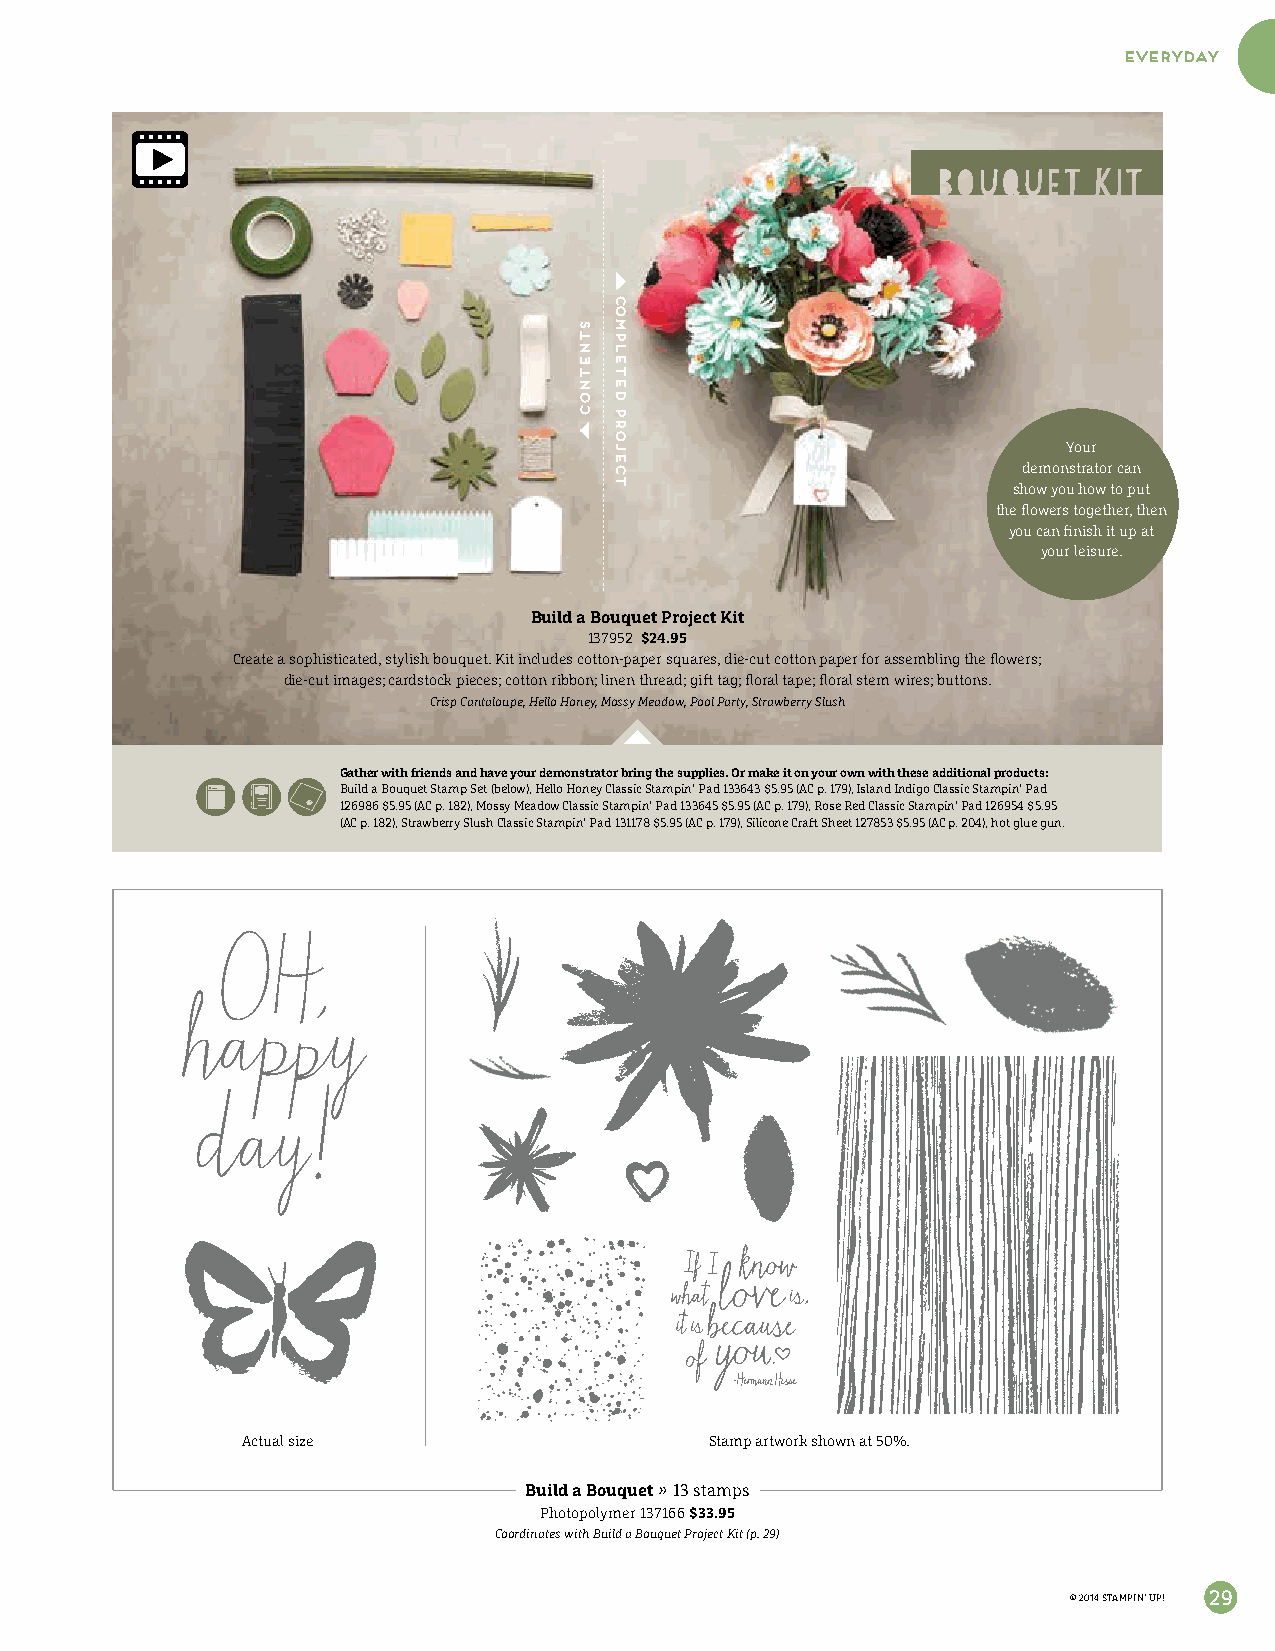
everyday
 Your
 demonstrator can
 show you how to put
 the flowers together, then
 you can finish it up at
 your leisure.
 Build a Bouquet Project Kit
 137952 $24.95
 Create a sophisticated, stylish bouquet. Kit includes cotton-paper squares, die-cut cotton paper for assembling the flowers;
 die-cut images; cardstock pieces; cotton ribbon; linen thread; gift tag; floral tape; floral stem wires; buttons.
 Crisp Cantaloupe, Hello Honey, Mossy Meadow, Pool Party, Strawberry Slush
 Gather with friends and have your demonstrator bring the supplies. Or make it on your own with these additional products:
 Build a Bouquet Stamp Set (below), Hello Honey Classic Stampin’ Pad 133643 $5.95 (AC p. 179), Island Indigo Classic Stampin’ Pad
 126986 $5.95 (AC p. 182), Mossy Meadow Classic Stampin’ Pad 133645 $5.95 (AC p. 179), Rose Red Classic Stampin’ Pad 126954 $5.95
 (AC p. 182), Strawberry Slush Classic Stampin’ Pad 131178 $5.95 (AC p. 179), Silicone Craft Sheet 127853 $5.95 (AC p. 204), hot glue gun.
 Actual size                    Stamp artwork shown at 50%.
 Build a Bouquet » 13 stamps
 Photopolymer 137166 $33.95
 Coordinates with Build a Bouquet Project Kit (p. 29)
 © 2014 STAMPIN’ UP! 29
 stnetnoC
 Completed
 Project